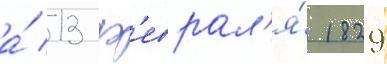
а́ 13 ф'еврал'я́ 1829